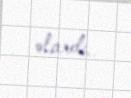
olardı..